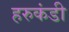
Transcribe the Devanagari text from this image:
हरुकंडी